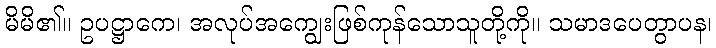
မိမိ၏။ ဥပဋ္ဌာကေ၊ အလုပ်အကျွေးဖြစ်ကုန်သောသူတို့ကို။ သမာဒပေတွာပန၊